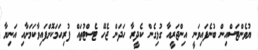
ޔުވެންޓަސްއިން ބުނެފައިވަނީ އިންޖަރީއާ ގުޅިގެން ކެދީރާ ހަދަން ޖެހޭ ޓެސްޓުތައް ފުރިހަމަކޮށްފައިވާކަމަށާއި އަނިޔާ